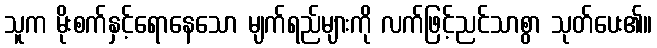
သူက မိုးစက်နှင့်ရောနေသော မျက်ရည်များကို လက်ဖြင့်ညင်သာစွာ သုတ်ပေး၏။